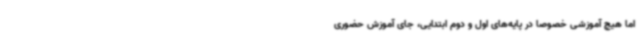
اما هیچ آموزشی خصوصاً در پایه‌های اول و دوم ابتدایی، جای آموزش حضوری